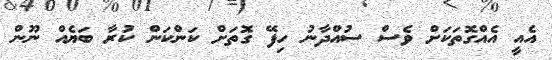
އެއީ އެއްގޮތަކަށް ވެސް ސުއްދާނު ހިފޭ ގޮތަށް ކަންކަން ކުރާ ބަޔެއް ނޫން